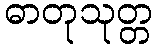
ဓာတုသုတ္တ